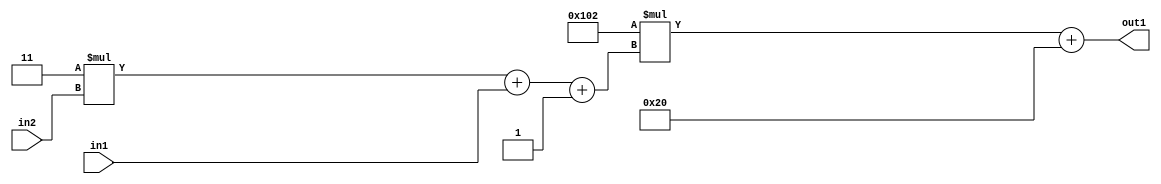
`timescale 1ps / 1ps
/*****************************************************************************
    Verilog RTL Description
    
    
    Created by: Stratus DpOpt 2019.1.01 
*******************************************************************************/

module DC_Filter_Add2i32Mul2i258Add3i1u1Mul2i3u2_4 (
	in2,
	in1,
	out1
	); /* architecture "behavioural" */ 
input [1:0] in2;
input  in1;
output [11:0] out1;
wire [11:0] asc001;
wire [3:0] asc002;

wire [3:0] asc002_tmp_0;
wire [3:0] asc002_tmp_1;
assign asc002_tmp_1 = 
	+(4'B0011 * in2);
assign asc002_tmp_0 = asc002_tmp_1
	+(in1);
assign asc002 = asc002_tmp_0
	+(4'B0001);

wire [11:0] asc001_tmp_2;
assign asc001_tmp_2 = 
	+(12'B000100000010 * asc002);
assign asc001 = asc001_tmp_2
	+(12'B000000100000);

assign out1 = asc001;
endmodule

/* CADENCE  vrP1Sgk= : u9/ySgnWtBlWxVPRXgAZ4Og= ** DO NOT EDIT THIS LINE ******/